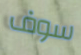
سوف